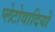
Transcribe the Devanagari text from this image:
प्लेटोवादियों